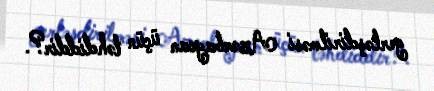
yerləşdirilməsi Azərbaycan üçün təhdiddir?.